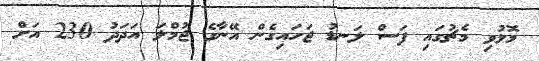
މޮޅުވި މެޗުގައި ފަސް ލަނޑު ޖަހައިގެން އޭނާގެ ޖުމްލަ އަދަދު 230 އަށް